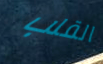
القلب